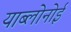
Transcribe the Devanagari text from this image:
याब्लोनोई